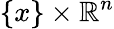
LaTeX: \{ x\} \times\mathbb{R}^{n}